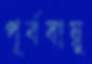
পূর্ববায়ু